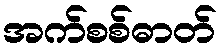
အက်စစ်ဓာတ်